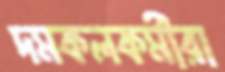
দমকলকর্মীরা